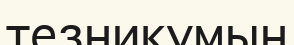
тезникумын